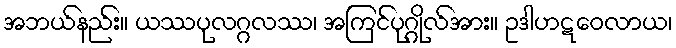
အဘယ်နည်း။ ယဿပုလဂ္ဂလဿ၊ အကြင်ပုဂ္ဂိုလ်အား။ ဥဒါဟဋဝေလာယ၊